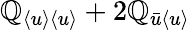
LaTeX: \mathbb{Q}_{\langle{u}\rangle\langle{u}\rangle}+2\mathbb{Q}_{\bar{{u}}\langle{u}\rangle}